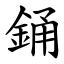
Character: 銿